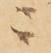
ニ